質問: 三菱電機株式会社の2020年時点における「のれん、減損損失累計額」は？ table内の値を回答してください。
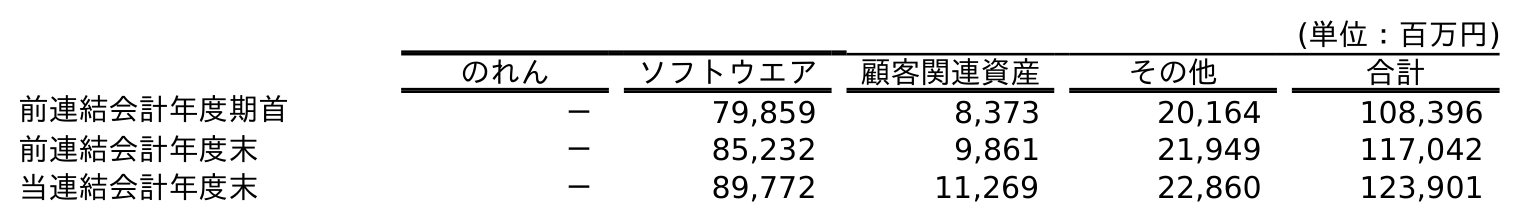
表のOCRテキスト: (単位：百万円) のれん ソフトウエア 顧客関連資産 その他 合計 前連結会計年度期首 － 79,859 8,373 20,164 108,396 前連結会計年度末 － 85,232 9,861 21,949 117,042 当連結会計年度末 － 89,772 11,269 22,860 123,901
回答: －